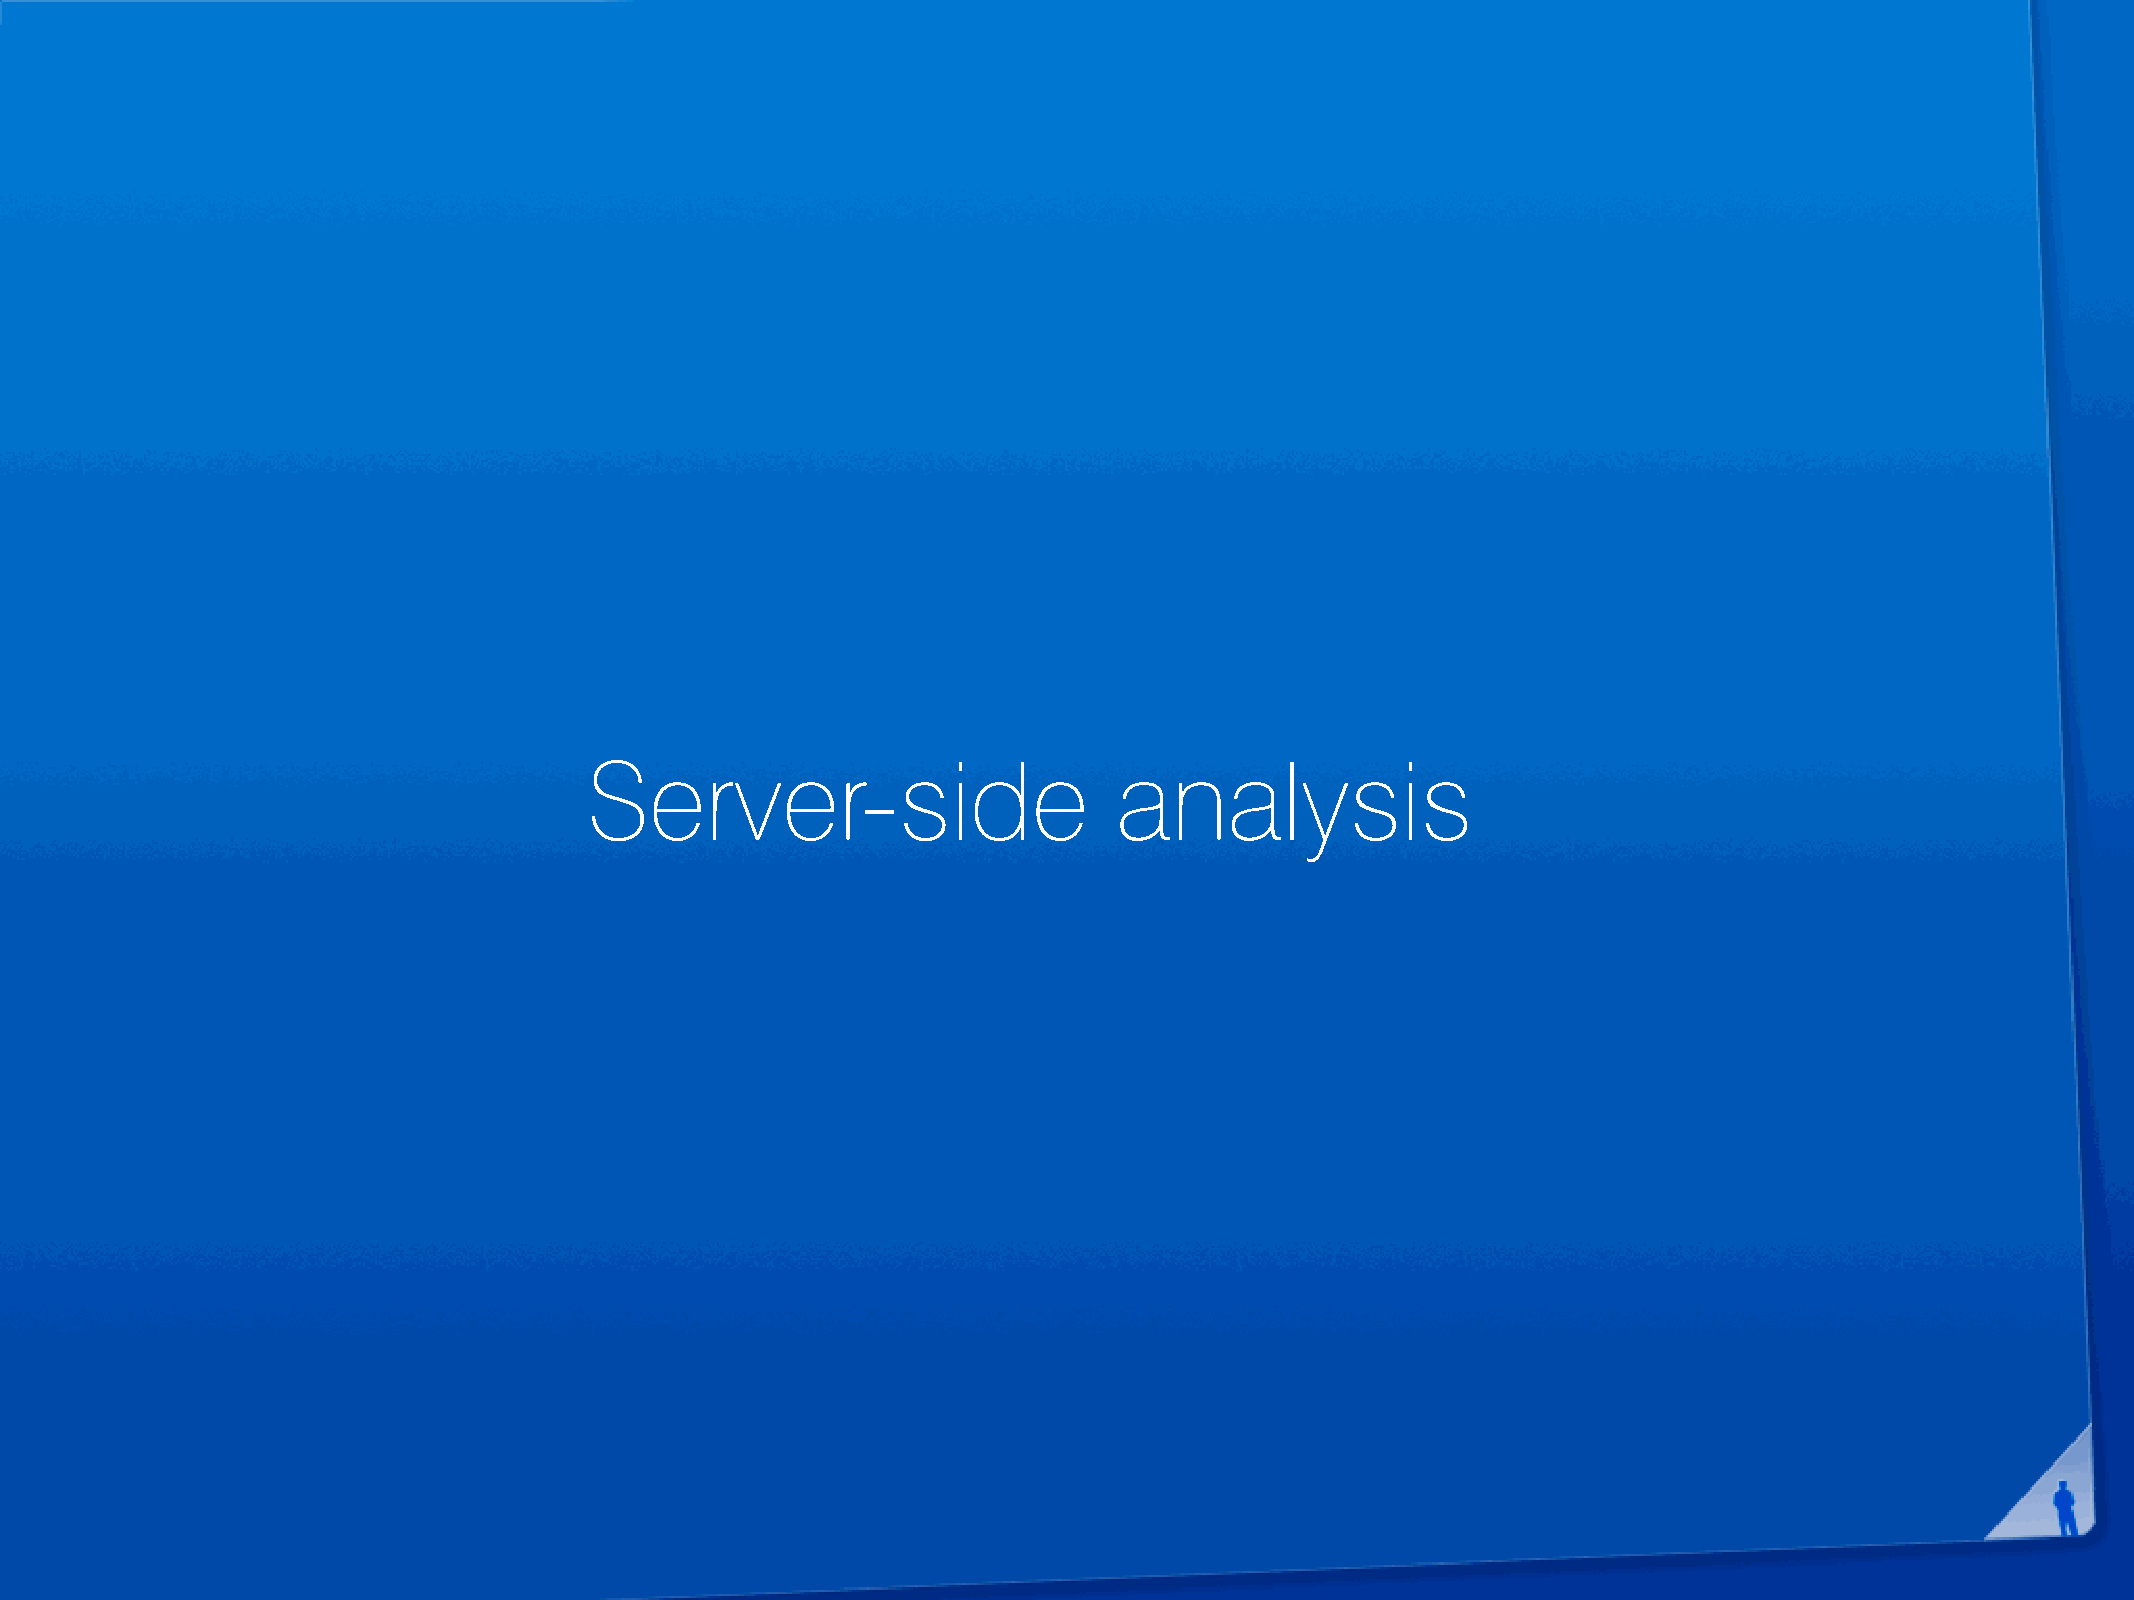
Server-side                        analysis